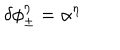
\delta \phi _ { \pm } ^ { \eta } = \alpha ^ { \eta }